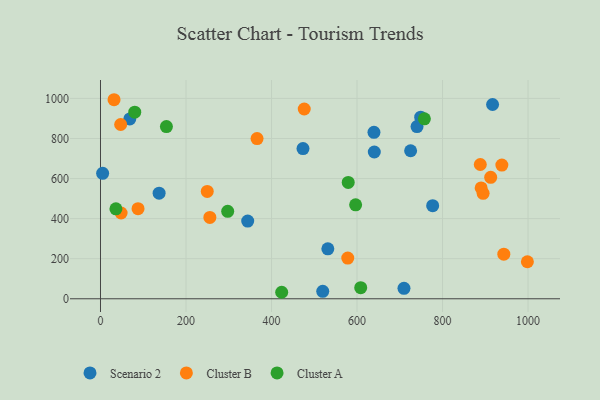
{"axis": {"x": "Price", "y": "Exam Score"}, "legend": ["Cluster A", "Cluster B", "Scenario 2"], "data": [{"x": "709.8", "y": 52.2, "type": "Scenario 2"}, {"x": "5.0", "y": 626.0, "type": "Scenario 2"}, {"x": "519.8", "y": 37.2, "type": "Scenario 2"}, {"x": "725.3", "y": 738.9, "type": "Scenario 2"}, {"x": "740.3", "y": 859.4, "type": "Scenario 2"}, {"x": "531.7", "y": 249.1, "type": "Scenario 2"}, {"x": "917.0", "y": 969.7, "type": "Scenario 2"}, {"x": "776.9", "y": 464.5, "type": "Scenario 2"}, {"x": "640.4", "y": 732.6, "type": "Scenario 2"}, {"x": "473.6", "y": 749.8, "type": "Scenario 2"}, {"x": "748.9", "y": 906.3, "type": "Scenario 2"}, {"x": "137.1", "y": 526.9, "type": "Scenario 2"}, {"x": "68.5", "y": 897.9, "type": "Scenario 2"}, {"x": "344.3", "y": 387.9, "type": "Scenario 2"}, {"x": "639.6", "y": 831.0, "type": "Scenario 2"}, {"x": "998.4", "y": 184.8, "type": "Cluster B"}, {"x": "249.7", "y": 535.6, "type": "Cluster B"}, {"x": "47.2", "y": 869.8, "type": "Cluster B"}, {"x": "888.3", "y": 670.1, "type": "Cluster B"}, {"x": "255.8", "y": 405.8, "type": "Cluster B"}, {"x": "943.3", "y": 222.6, "type": "Cluster B"}, {"x": "476.5", "y": 947.1, "type": "Cluster B"}, {"x": "31.7", "y": 993.5, "type": "Cluster B"}, {"x": "912.6", "y": 606.1, "type": "Cluster B"}, {"x": "938.7", "y": 667.2, "type": "Cluster B"}, {"x": "894.9", "y": 526.1, "type": "Cluster B"}, {"x": "366.2", "y": 799.4, "type": "Cluster B"}, {"x": "578.3", "y": 203.1, "type": "Cluster B"}, {"x": "48.2", "y": 428.0, "type": "Cluster B"}, {"x": "87.8", "y": 449.6, "type": "Cluster B"}, {"x": "890.3", "y": 553.1, "type": "Cluster B"}, {"x": "80.1", "y": 931.3, "type": "Cluster A"}, {"x": "297.5", "y": 436.6, "type": "Cluster A"}, {"x": "596.7", "y": 468.7, "type": "Cluster A"}, {"x": "757.5", "y": 898.2, "type": "Cluster A"}, {"x": "36.1", "y": 448.8, "type": "Cluster A"}, {"x": "154.2", "y": 859.3, "type": "Cluster A"}, {"x": "423.8", "y": 32.4, "type": "Cluster A"}, {"x": "579.4", "y": 580.5, "type": "Cluster A"}, {"x": "608.6", "y": 55.3, "type": "Cluster A"}]}